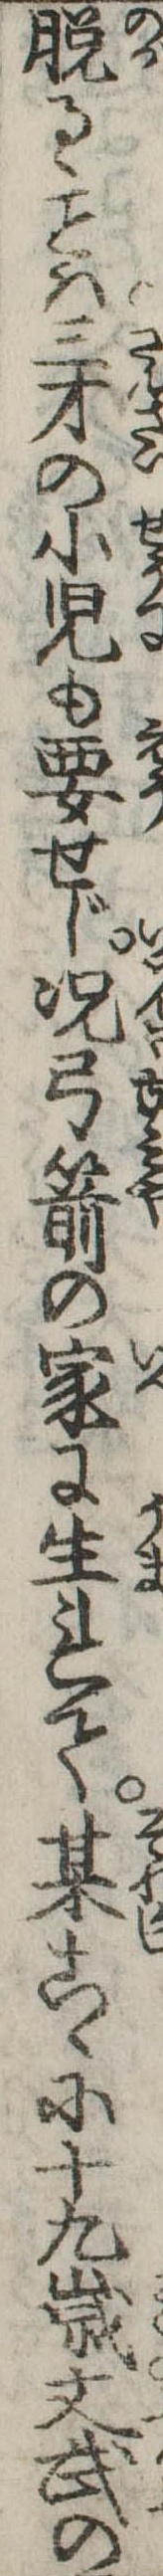
脱るゝは三才の小児も要せじ況弓箭の家に生れて某こゝに十九歳文武の